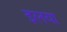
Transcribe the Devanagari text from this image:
इलया